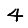
Digit: 4